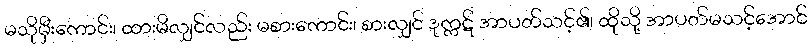
မသိုမှီးကောင်း၊ ထားမိလျှင်လည်း မစားကောင်း၊ စားလျှင် ဒုက္ကဋ် အာပတ်သင့်၏၊ ထိုသို့ အာပတ်မသင့်အောင်